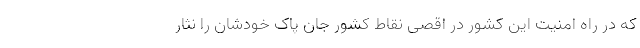
که در راه امنیت این کشور در اقصی نقاط کشور جان پاک خودشان را نثار